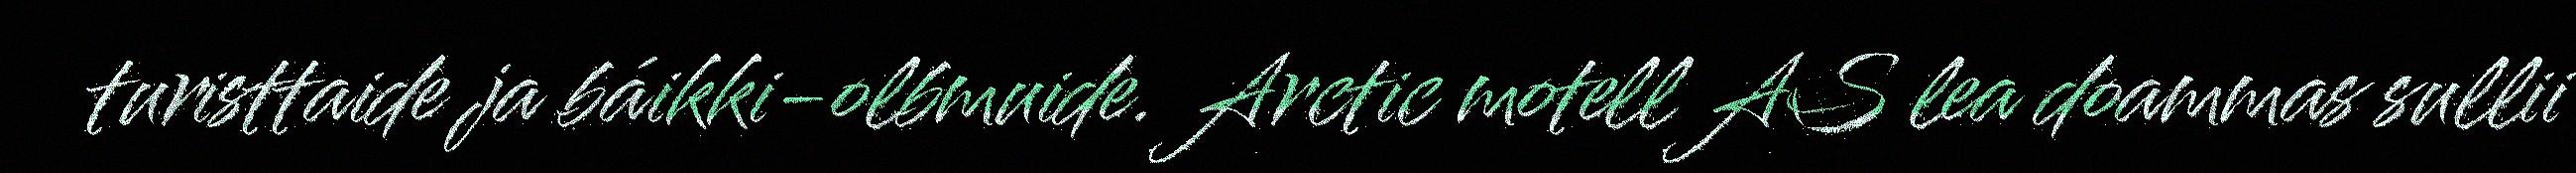
turisttaide ja báikki-olbmuide. Arctic motell AS lea doammas sullii